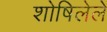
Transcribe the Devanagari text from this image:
शोषिलेले